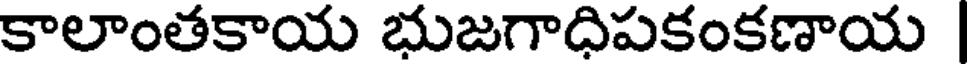
కాలాంతకాయ భుజగాధిపకంకణాయ